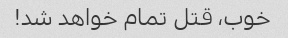
خوب، قتل تمام خواهد شد!